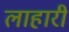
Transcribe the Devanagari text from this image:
लाहारी